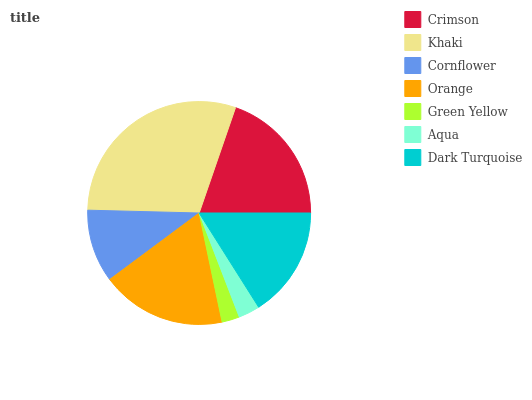
| Crimson | Khaki | Cornflower | Orange | Green Yellow | Aqua | Dark Turquoise |
 | --- | --- | --- | --- | --- | --- | --- |
 | 19.7% | 29.9% | 10.6% | 18.1% | 2.56% | 3.1% | 16.1% |